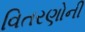
વિતરણોની